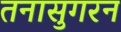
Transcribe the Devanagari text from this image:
तनासुगरन